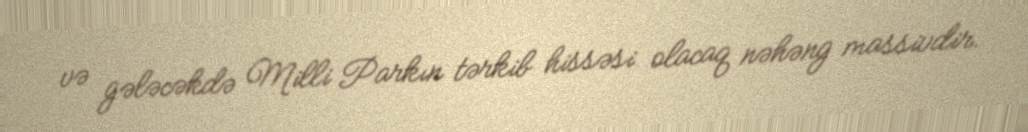
və gələcəkdə Milli Parkın tərkib hissəsi olacaq nəhəng massivdir.